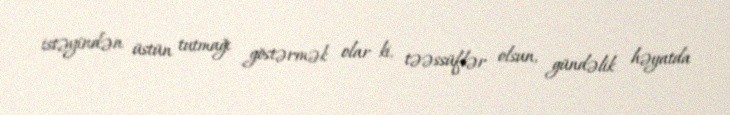
istəyindən üstün tutmağı göstərmək olar ki, təəssüflər olsun, gündəlik həyatda